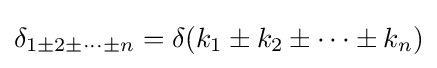
\delta _{1\pm 2\pm \cdots \pm n}=\delta (k_{1}\pm k_{2}\pm \cdots \pm k_{n})